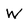
Character: W